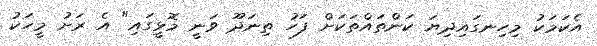
އެކަމަކު މިހިނގައިދިޔަ ކަންތައްތަކަށް ފަހު ތިނަދޫ ވަނީ މޮޅީގައި" އެ ރަށު މީހަކު